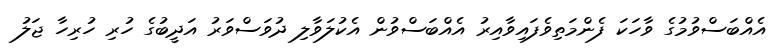
އެއްބަސްވުމުގެ ވާހަކަ ފެންމަތިވެފައިވާއިރު އެއްބަަސްވުން އެކުލަވާލި ދުވަސްވަރު އަދީބުގެ ހުރި ހުރިހާ ޖަލު